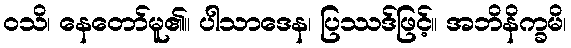
ဝသိ၊ နေတော်မူ၏။ ပါသာဒေန၊ ပြဿဒ်ဖြင့်။ အဘိနိက္ခမိ၊